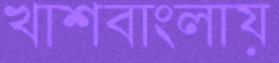
খাশবাংলায়